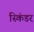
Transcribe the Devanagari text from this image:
स्किंडर